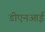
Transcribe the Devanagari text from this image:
डीएनआई